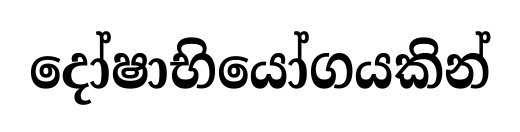
දෝෂාභියෝගයකින්